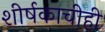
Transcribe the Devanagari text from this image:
शीर्षकाचीही